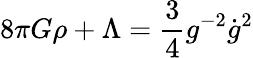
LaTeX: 8\pi G\rho+\Lambda=\frac{3}{4}g^{-2}\dot{g}^{2}